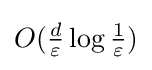
{\textstyle O({\tfrac {d}{\varepsilon }}\log {\tfrac {1}{\varepsilon }})}